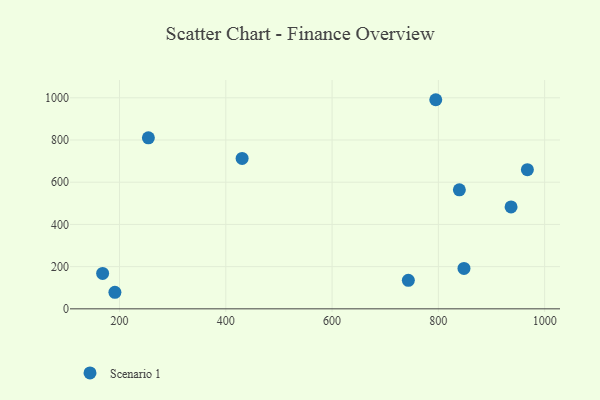
{"axis": {"x": "Distance", "y": "Sales"}, "legend": ["Scenario 1"], "data": [{"x": "795.1", "y": 990.8, "type": "Scenario 1"}, {"x": "168.2", "y": 167.6, "type": "Scenario 1"}, {"x": "191.3", "y": 78.5, "type": "Scenario 1"}, {"x": "430.7", "y": 712.9, "type": "Scenario 1"}, {"x": "848.2", "y": 191.6, "type": "Scenario 1"}, {"x": "254.3", "y": 810.2, "type": "Scenario 1"}, {"x": "967.5", "y": 659.3, "type": "Scenario 1"}, {"x": "743.5", "y": 135.0, "type": "Scenario 1"}, {"x": "936.8", "y": 483.0, "type": "Scenario 1"}, {"x": "839.5", "y": 564.0, "type": "Scenario 1"}]}